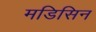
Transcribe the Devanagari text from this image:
मडिसिन